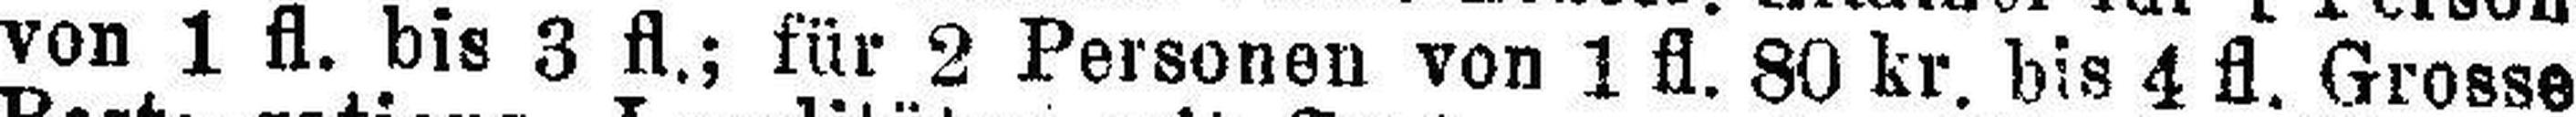
von 1 fl. bis 3 fl.; für 2 Personen von 1 fl. 80 kr. bis 4 fl. Grosse